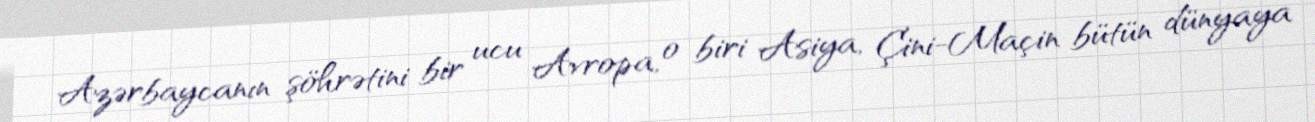
Azərbaycanın şöhrətini bir ucu Avropa, o biri Asiya, Çini-Maçin bütün dünyaya